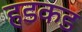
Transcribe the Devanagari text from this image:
हडकड